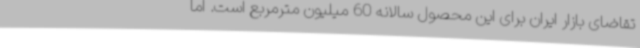
تقاضای بازار ایران برای این محصول سالانه 60 میلیون مترمربع است. اما